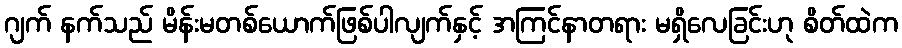
ဂျက် နက်သည် မိန်းမတစ်ယောက်ဖြစ်ပါလျက်နှင့် အကြင်နာတရား မရှိလေခြင်းဟု စိတ်ထဲက